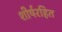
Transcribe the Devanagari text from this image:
शीर्षरहित